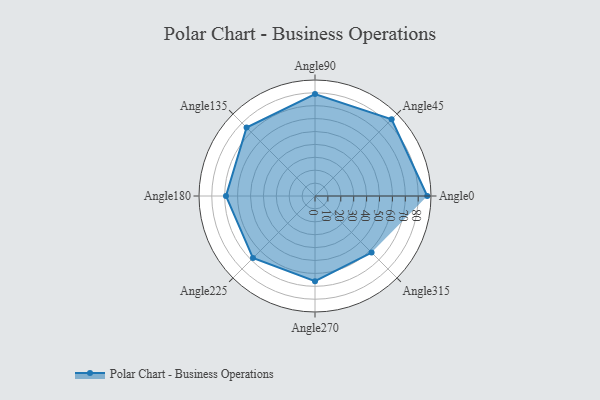
{"axis": {"x": "Angle", "y": "Radius"}, "legend": [""], "data": [{"x": "Angle0", "y": 87.0, "type": ""}, {"x": "Angle45", "y": 84.0, "type": ""}, {"x": "Angle90", "y": 79.0, "type": ""}, {"x": "Angle135", "y": 75.0, "type": ""}, {"x": "Angle180", "y": 69.0, "type": ""}, {"x": "Angle225", "y": 68.0, "type": ""}, {"x": "Angle270", "y": 66.0, "type": ""}, {"x": "Angle315", "y": 62.0, "type": ""}]}